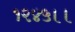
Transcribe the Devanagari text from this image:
१२४५।।